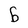
Character: b